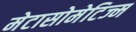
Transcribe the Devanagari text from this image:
मेटासोमेटिज्म